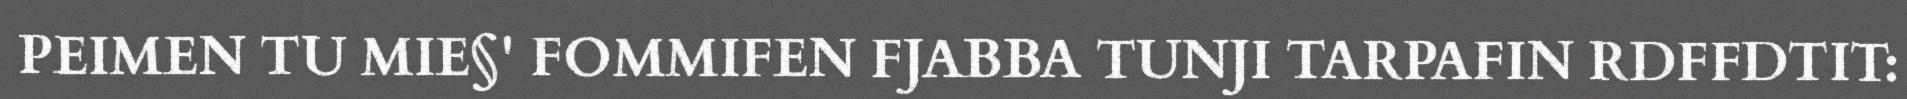
PEIMEN TU MIE§' FOMMIFEN FJABBA TUNJI TARPAFIN RDFFDTIT: